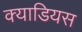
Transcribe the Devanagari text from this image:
क्याडियस